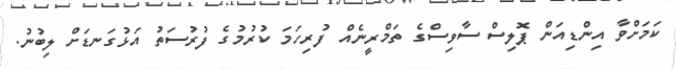
ކަމަށްވާ އިންޑިއަން ޕޮލިސް ސާވިސްގެ ތަމްރީނެއް ފުރިހަމަ ކުރުމުގެ ފުރުސަތު އަޅުގަނޑަށް ލިބުނު.